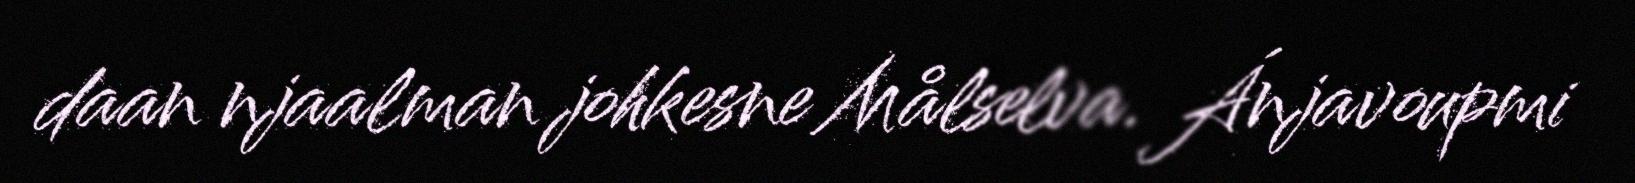
daan njaalman johkesne Målselva. Ánjavoupmi